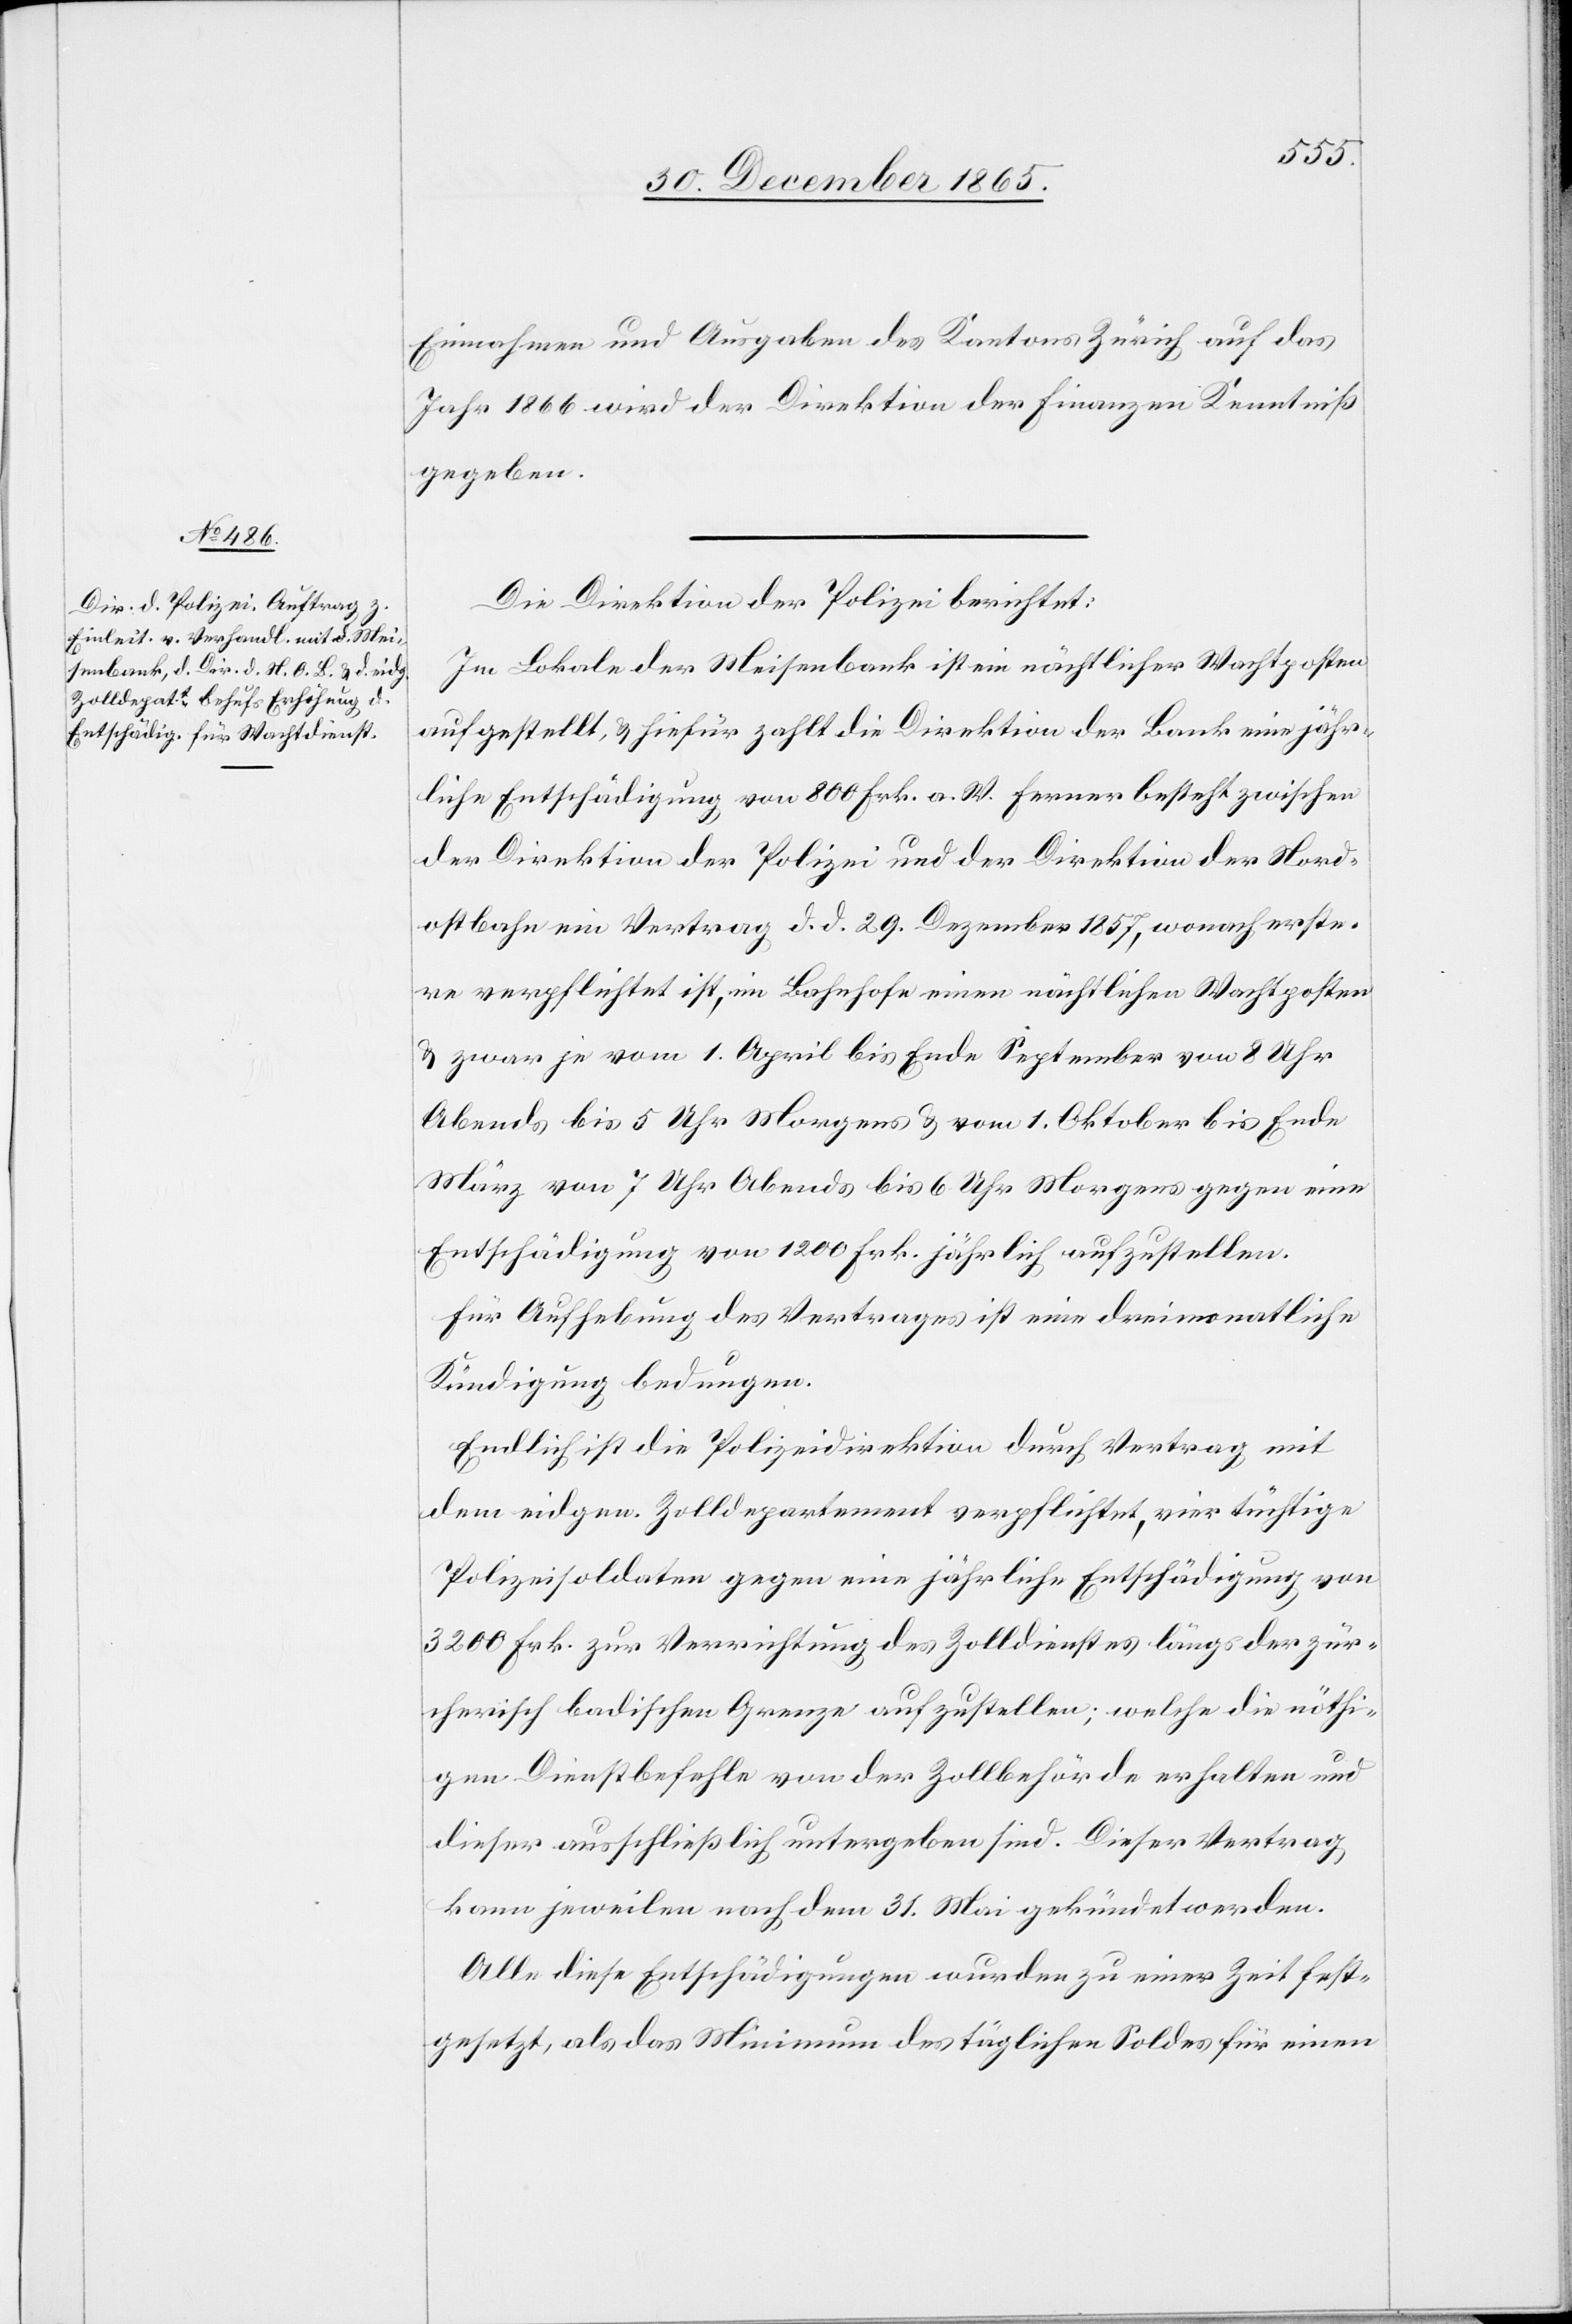
Einnahmen und Ausgaben des Kantons Zürich auf das
Jahr 1866 wird der Direktion der Finanzen Kenntniß
gegeben.
Die Direktion der Polizei berichtet:
Im Lokale der Meisenbank ist ein nächtlicher Wachtposten
aufgestellt, & hiefür zahlt die Direktion der Bank eine jähr¬
liche Entschädigung von 800 Frk. a. W. Ferner besteht zwischen
der Direktion der Polizei und der Direktion der Nord¬
ostbahn ein Vertrag d. d. 29. Dezember 1857, wonach erste¬
re verpflichtet ist, im Bahnhofe einen nächtlichen Wachtposten
& zwar je vom 1. April bis Ende September von 8 Uhr
Abends bis 5 Uhr Morgens & vom 1. Oktober bis Ende
März von 7 Uhr Abends bis 6 Uhr Morgens gegen eine
Entschädigung von 1200 Frk. jährlich aufzustellen.
Für Aufhebung des Vertrages ist eine dreimonatliche
Kündigung bedungen.
Endlich ist die Polizeidirektion mit dem eidgen.
Polizeisoldaten gegen eine jährliche Entschädigung von
3200 Frk. zur Verrichtung des Zolldienstes längs der zür¬
cherisch badischen Grenze aufzustellen; welche die nöthi¬
gen Dienstbefehle von der Zollbehörde erhalten und
dieser ausschließlich untergeben sind. Dieser Vertrag
kann jeweilen nach dem 31. Mai gekündet werden.
Alle diese Entschädigungen wurden zu einer Zeit fest¬
gesetzt, als das Minimum des täglichen Soldes für einen